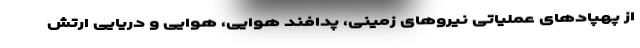
از پهپادهای عملیاتی نیروهای زمینی، پدافند هوایی، هوایی و دریایی ارتش